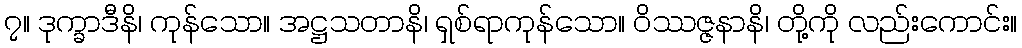
၇။ ဒုက္ခာဒီနိ၊ ကုန်သော။ အဋ္ဌသတာနိ၊ ရှစ်ရာကုန်သော။ ဝိဿဇ္ဇနာနိ၊ တို့ကို လည်းကောင်း။